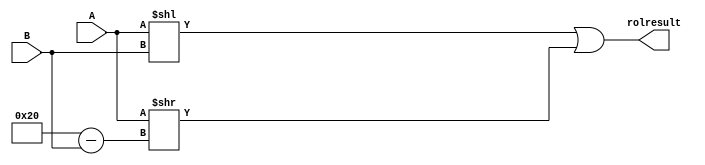
module ROL(
	input[31:0] A, 
	input[31:0] B, 
	output reg [31:0] rolresult
);
	
always @ (A or B)
	begin
		rolresult = ( A << B ) | ( A >> (32-B));
	end
endmodule